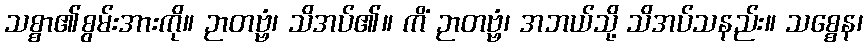
သစ္စာ၏စွမ်းအားကို။ ဉာတဗ္ဗံ၊ သိအပ်၏။ ကိံ ဉာတဗ္ဗံ၊ အဘယ်သို့ သိအပ်သနည်း။ သစ္စေန၊